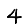
Digit: 4